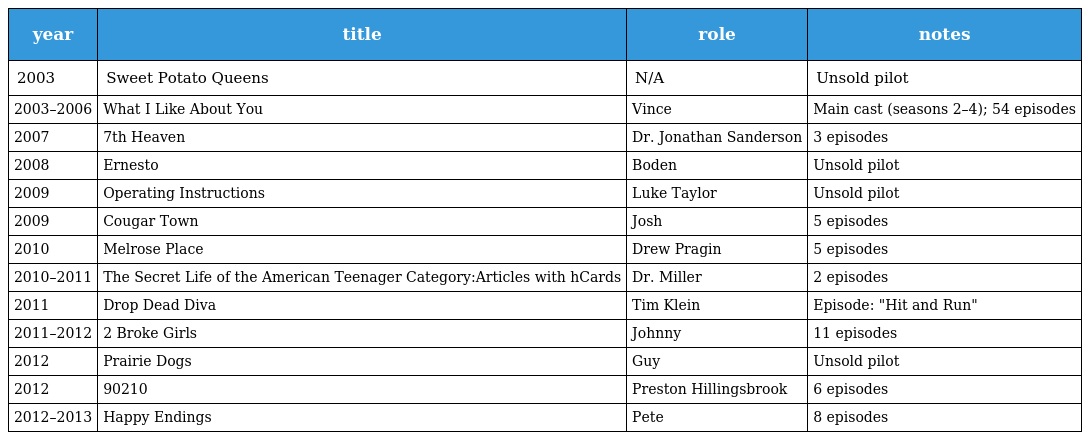
| year | title | role | notes |
 | --- | --- | --- | --- |
 | 2003 | Sweet Potato Queens | N/A | Unsold pilot |
 | 2003–2006 | What I Like About You | Vince | Main cast (seasons 2–4); 54 episodes |
 | 2007 | 7th Heaven | Dr. Jonathan Sanderson | 3 episodes |
 | 2008 | Ernesto | Boden | Unsold pilot |
 | 2009 | Operating Instructions | Luke Taylor | Unsold pilot |
 | 2009 | Cougar Town | Josh | 5 episodes |
 | 2010 | Melrose Place | Drew Pragin | 5 episodes |
 | 2010–2011 | The Secret Life of the American Teenager Category:Articles with hCards | Dr. Miller | 2 episodes |
 | 2011 | Drop Dead Diva | Tim Klein | Episode: "Hit and Run" |
 | 2011–2012 | 2 Broke Girls | Johnny | 11 episodes |
 | 2012 | Prairie Dogs | Guy | Unsold pilot |
 | 2012 | 90210 | Preston Hillingsbrook | 6 episodes |
 | 2012–2013 | Happy Endings | Pete | 8 episodes |